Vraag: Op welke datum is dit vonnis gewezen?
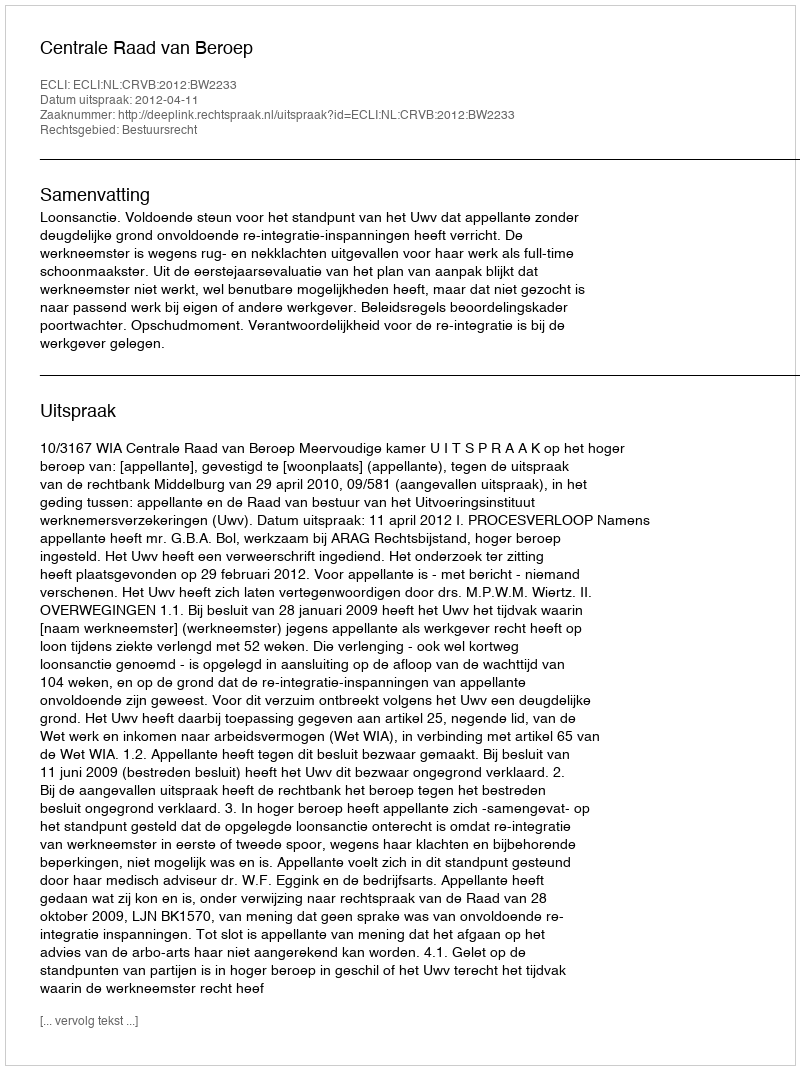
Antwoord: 2012-04-11